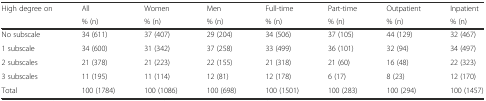
<table><thead><tr><td><b>High degree on</b></td><td><b>All</b></td><td><b>Women</b></td><td><b>Men</b></td><td><b>Full-time</b></td><td><b>Part-time</b></td><td><b>Outpatient</b></td><td><b>Inpatient</b></td></tr><tr><td></td><td><b>% (n)</b></td><td><b>% (n)</b></td><td><b>% (n)</b></td><td><b>% (n)</b></td><td><b>% (n)</b></td><td><b>% (n)</b></td><td><b>% (n)</b></td></tr></thead><tbody><tr><td>No subscale</td><td>34 (611)</td><td>37 (407)</td><td>29 (204)</td><td>34 (506)</td><td>37 (105)</td><td>44 (129)</td><td>32 (467)</td></tr><tr><td>1 subscale</td><td>34 (600)</td><td>31 (342)</td><td>37 (258)</td><td>33 (499)</td><td>36 (101)</td><td>32 (94)</td><td>34 (497)</td></tr><tr><td>2 subscales</td><td>21 (378)</td><td>21 (223)</td><td>22 (155)</td><td>21 (318)</td><td>21 (60)</td><td>16 (48)</td><td>22 (323)</td></tr><tr><td>3 subscales</td><td>11 (195)</td><td>11 (114)</td><td>12 (81)</td><td>12 (178)</td><td>6 (17)</td><td>8 (23)</td><td>12 (170)</td></tr><tr><td>Total</td><td>100 (1784)</td><td>100 (1086)</td><td>100 (698)</td><td>100 (1501)</td><td>100 (283)</td><td>100 (294)</td><td>100 (1457)</td></tr></tbody></table>